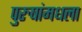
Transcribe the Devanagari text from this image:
पुरुषांमधला